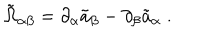
{ \tilde { \Omega } } _ { \alpha \beta } = \partial _ { \alpha } { \tilde { a } } _ { \beta } - \partial _ { \beta } { \tilde { a } } _ { \alpha } \; .